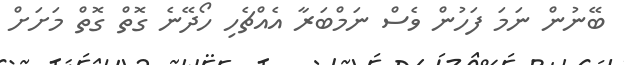
ބޭނުން ނަމަ ފަހުން ވެސް ނަމްބަރާ އެއްޗެހި ހޯދޭނެ ގޮތް ގޮތް މަށަށް